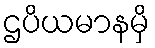
ဌပိယမာနမှိ